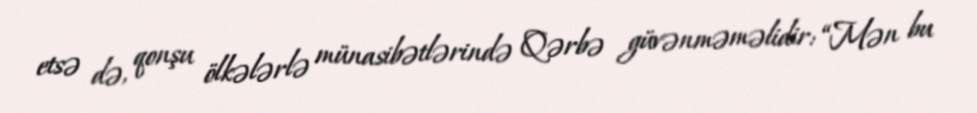
etsə də, qonşu ölkələrlə münasibətlərində Qərbə güvənməməlidir: “Mən bu